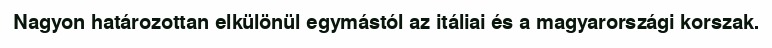
Nagyon határozottan elkülönül egymástól az itáliai és a magyarországi korszak.